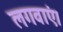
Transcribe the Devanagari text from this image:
लगवाएं।